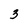
Character: 3